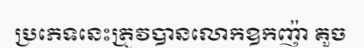
ប្រភេទនេះត្រូវបានលោកឧកញ៉ា គួច